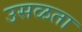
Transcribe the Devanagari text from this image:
उसळता